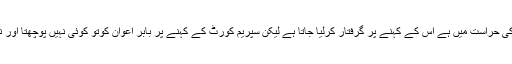
ان کا کہنا تھا کہ ایک شخص جو نیب کی حراست میں ہے اس کے کہنے پر گرفتار کرلیا جاتا ہے لیکن سپریم کورٹ کے کہنے پر بابر اعوان کوتو کوئی نہیں پوچھتا اور نہ ہی زلفی بخاری کو کوئی پوچھتاہے۔